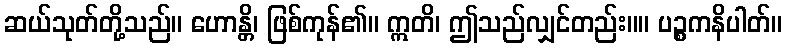
ဆယ်သုတ်တို့သည်။ ဟောန္တိ၊ ဖြစ်ကုန်၏။ ဣတိ၊ ဤသည်လျှင်တည်း။။ ပဉ္စကနိပါတ်။